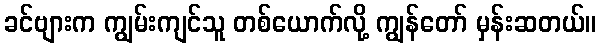
ခင်ဗျားက ကျွမ်းကျင်သူ တစ်ယောက်လို့ ကျွန်တော် မှန်းဆတယ်။